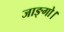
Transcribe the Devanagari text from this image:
जाङ्गो।